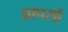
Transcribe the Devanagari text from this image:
आपसों